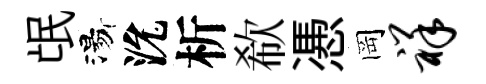
氓湯沇析欷慿岡祥